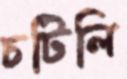
চটিলি